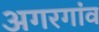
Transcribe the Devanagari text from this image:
अगरगांव